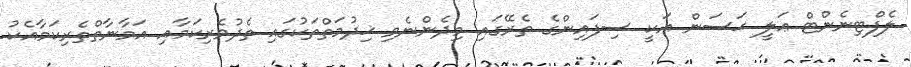
ލެފްޓިނެންޓް ޢަލީ ޙަސަން އަކީ ސިފައިންގެ ތެރޭގައި މިދެންނެވި ޚިދުމަތްތަކުގައި ތެދުވެރިކަމާއި އަމާނާތްތެރިކަމާއެކު